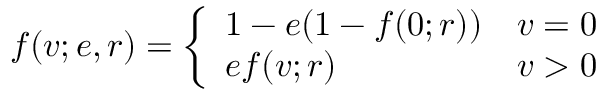
f ( v ; e , r ) = \left\{ \begin{array} { l l } { 1 - e ( 1 - f ( 0 ; r ) ) } & { v = 0 } \\ { e f ( v ; r ) } & { v > 0 } \end{array} \right.